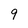
Character: 9